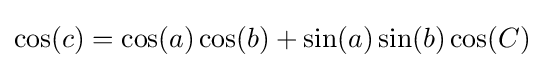
\cos(c)=\cos(a)\cos(b)+\sin(a)\sin(b)\cos(C)